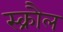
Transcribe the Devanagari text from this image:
स्क्रौल